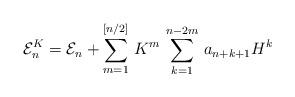
LaTeX: \begin{align*}{\cal E}^{K}_{n}={\cal E}_{n}+\sum_{m=1}^{[n/2]}\, K^m \, \sum_{k=1}^{n-2m}\,a_{n+k+1} H^{k}\end{align*}